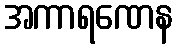
အကာရဏေန